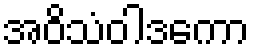
အဝိသံဝါဒကော